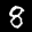
Label: 8